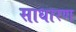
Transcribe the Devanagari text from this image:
साधारण्‍ा